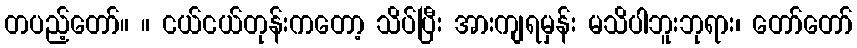
တပည့်တော်။ ။ ငယ်ငယ်တုန်းကတော့ သိပ်ပြီး အားကျရမှန်း မသိပါဘူးဘုရား၊ တော်တော်